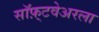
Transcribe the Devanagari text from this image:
सॉफ़्टवेअरला